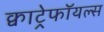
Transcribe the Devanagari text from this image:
क्वाट्रेफॉयल्स